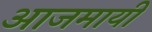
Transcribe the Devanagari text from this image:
आजमायी